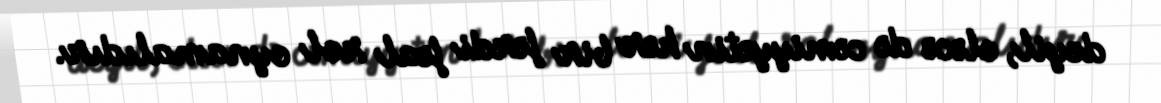
deyil, eləcə də cəmiyyətin hər bir fərdi fəal rol oynamalıdır.